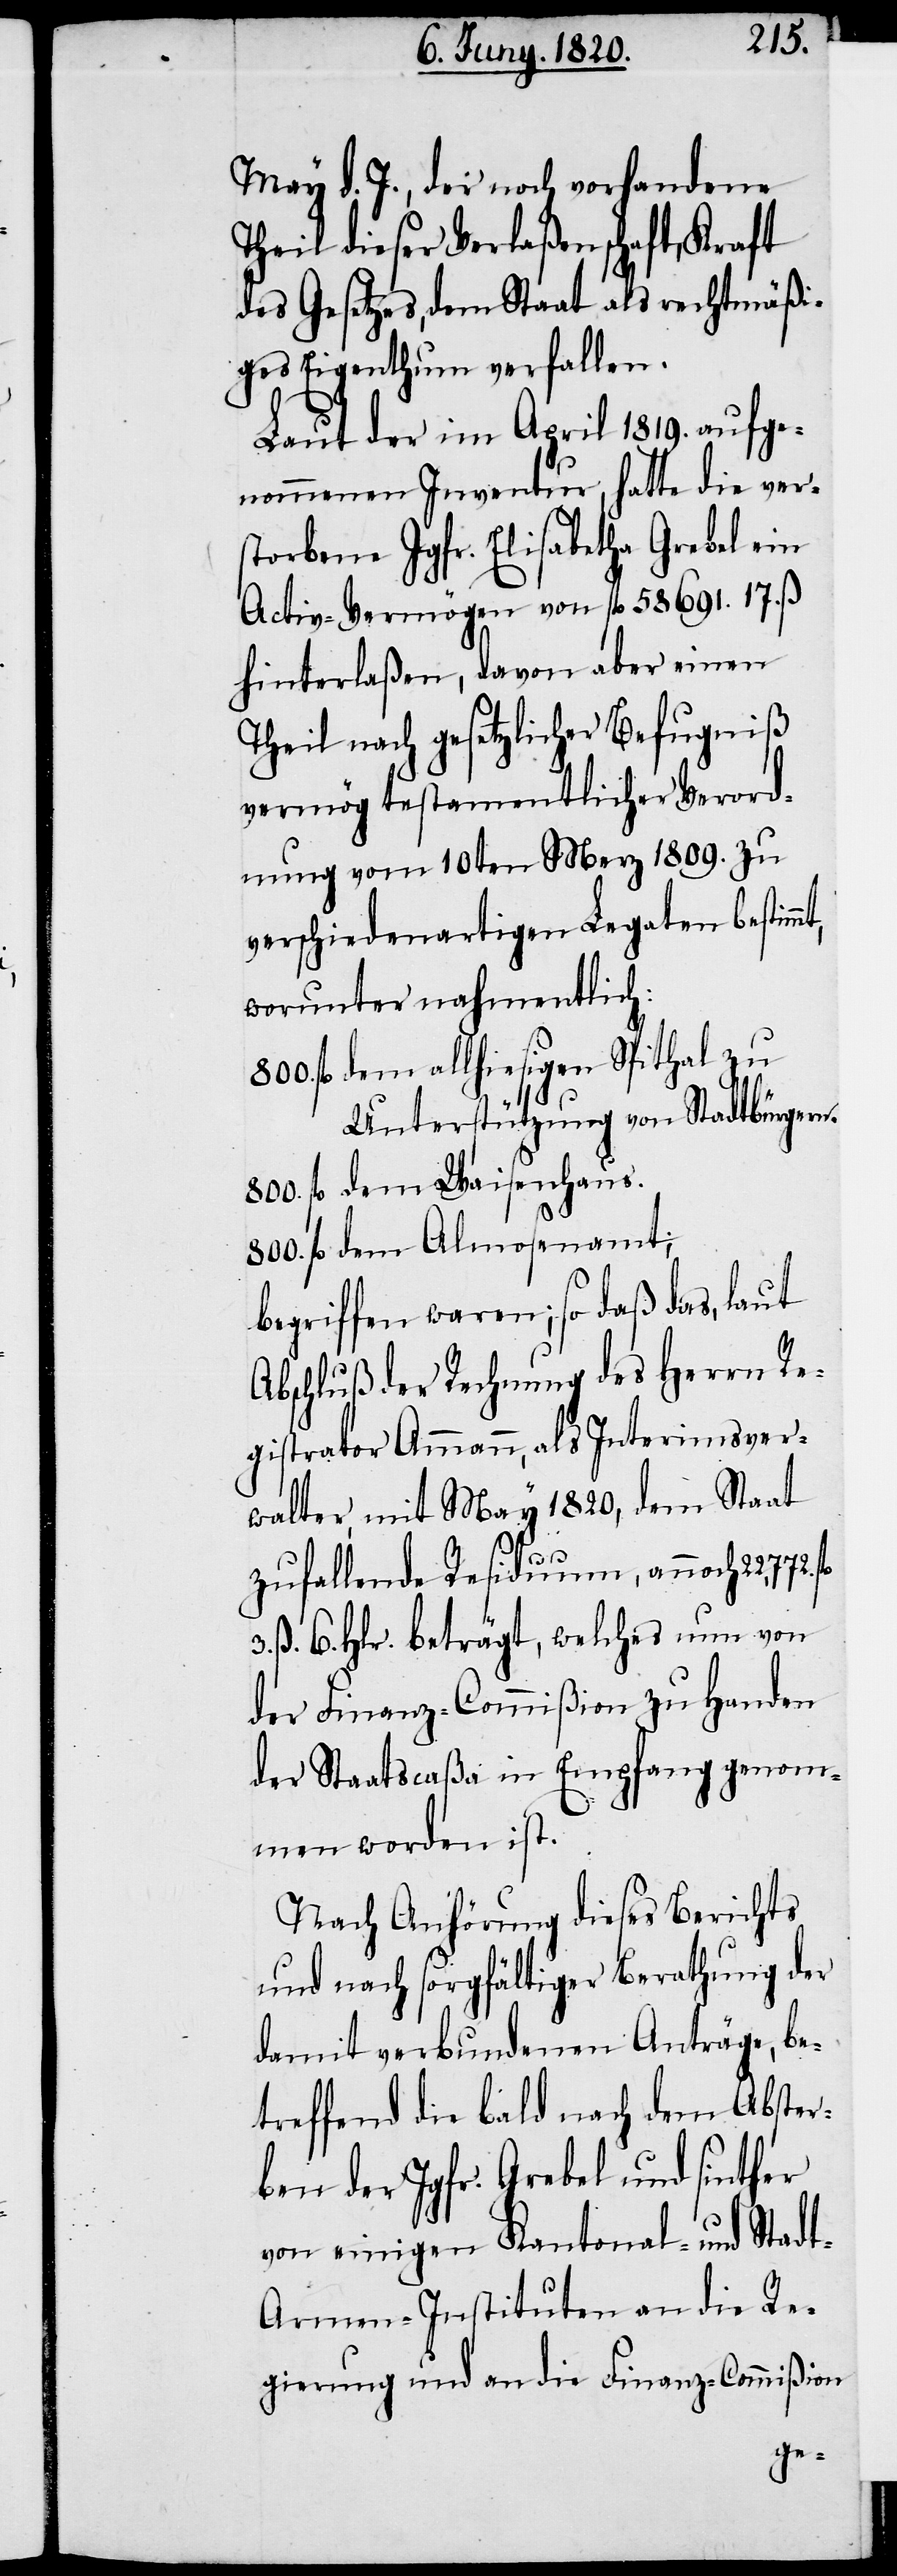
May d. J., der noch vorhandene
Theil dieser Verlaßenschaft, Kraft
des Gesetzes, dem Staat als rechtmäßi¬
ges Eigenthum verfallen.
Laut der im April 1819. aufge¬
nommenen Inventur, hatte die ver¬
storbene Jgfr. Elisabetha Grebel ein
Activ-Vermögen von fl. 58691. zu
verschiedenartigen Legaten bestimm¬
worunter nahmentlich:
800. fl dem allhiesigen Spithal zu
Unterstützung von Stadtbürgern.
800. fl dem Waisenhaus.
800. fl dem Almosenamt;
begriffen waren; so daß das, laut
Abschluß der Rechnung des Herrn Re¬
gistrator Ammann, als Interimsver¬
walter mit May 1820, dem Staat
t,
zufallende Residuum, annoch 22,772.
3. ß. 6. hlr. beträgt, welches nun von
der Finanz-Commißion zu Handen
der Staatscaßa in Empfang genom¬
men worden ist.
Nach Anhörung dieses Berichts
und nach sorgfältiger Berathung der
damit verbundenen Anträge, be¬
treffend die bald nach dem Abster¬
ben der Jgfr. Grebel und sinther
von einigen Kantonal- und Stad¬
t-Armen-Instituten an die Re¬
gierung und an die Finanz-Commiβion